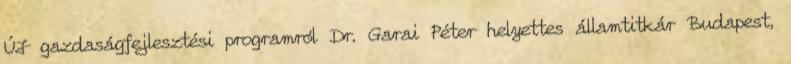
ÚJ gazdaságfejlesztési programról Dr. Garai Péter helyettes államtitkár Budapest,